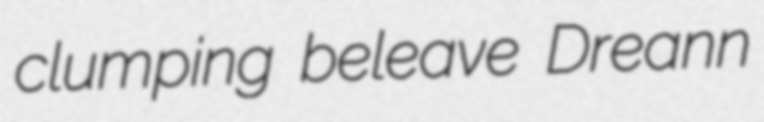
clumping beleave Dreann